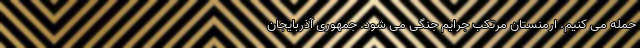
حمله می کنیم. ارمنستان مرتکب جرایم جنگی می شود. جمهوری آذربایجان